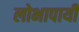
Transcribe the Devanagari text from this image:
लोभापायी